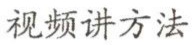
视频讲方法